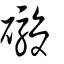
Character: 礮